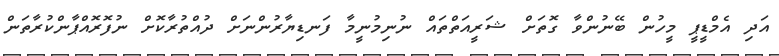
އަދި އެމްޑީޕީ މީހުން ބޭނުންވާ ގޮތަށް ޝަރީއަތްތައް ނުނިމުނީމާ ފަނޑިޔާރުންނަށް ދުއްތުރާކޮށް ނުފޮރޮއްޕާންކުރާތަން